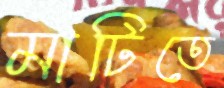
মাটিতে